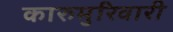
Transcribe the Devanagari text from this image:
कारुमुरिवारी